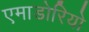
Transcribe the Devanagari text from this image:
एमाडोरियो